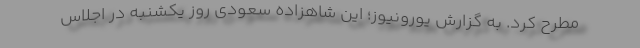
مطرح کرد. به گزارش یورونیوز؛ این شاهزاده سعودی روز یکشنبه در اجلاس